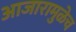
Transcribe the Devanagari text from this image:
आजारामुळेच